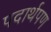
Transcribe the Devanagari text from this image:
पदार्थपण